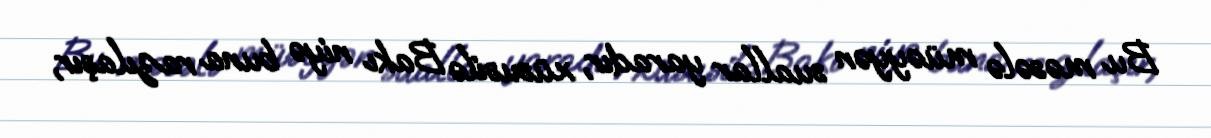
Bu məsələ müəyyən suallar yaradır, xüsusilə Bakı niyə buna razılaşır,